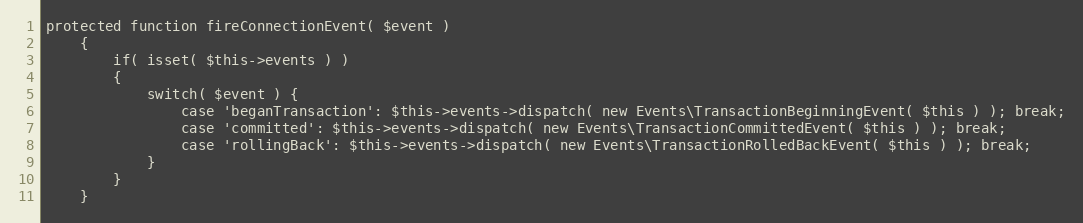
Language: PHP
protected function fireConnectionEvent( $event )
	{
		if( isset( $this->events ) )
		{
			switch( $event ) {
				case 'beganTransaction': $this->events->dispatch( new Events\TransactionBeginningEvent( $this ) ); break;
				case 'committed': $this->events->dispatch( new Events\TransactionCommittedEvent( $this ) ); break;
				case 'rollingBack': $this->events->dispatch( new Events\TransactionRolledBackEvent( $this ) ); break;
			}
		}
	}